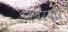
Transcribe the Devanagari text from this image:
जबरदार